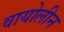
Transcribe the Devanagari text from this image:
वायोलीन